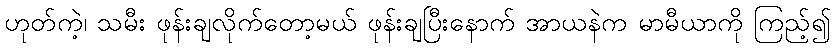
ဟုတ်ကဲ့၊ သမီး ဖုန်းချလိုက်တော့မယ် ဖုန်းချပြီးနောက် အာယနဲက မာမီယာကို ကြည့်၍